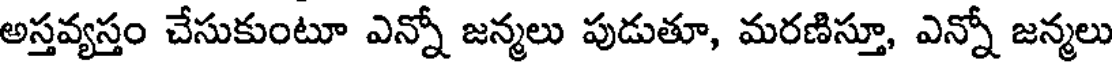
అస్తవ్యస్తం చేసుకుంటూ ఎన్నో జన్మలు పుడుతూ, మరణిస్తూ, ఎన్నో జన్మలు